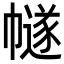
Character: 𢅕